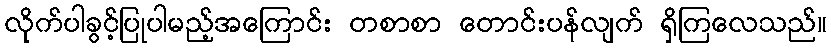
လိုက်ပါခွင့်ပြုပါမည့်အကြောင်း တစာစာ တောင်းပန်လျက် ရှိကြလေသည်။